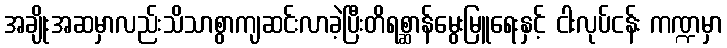
အချိုးအဆမှာလည်းသိသာစွာကျဆင်းလာခဲ့ပြီးတိရစ္ဆာန်မွေးမြူရေးနှင့် ငါးလုပ်ငန်း ကဏ္ဍမှာ